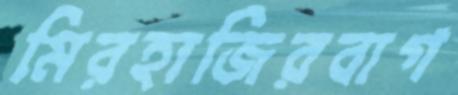
মিরহাজিরবাগ